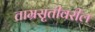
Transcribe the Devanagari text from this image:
ताम्रसृतीवरील